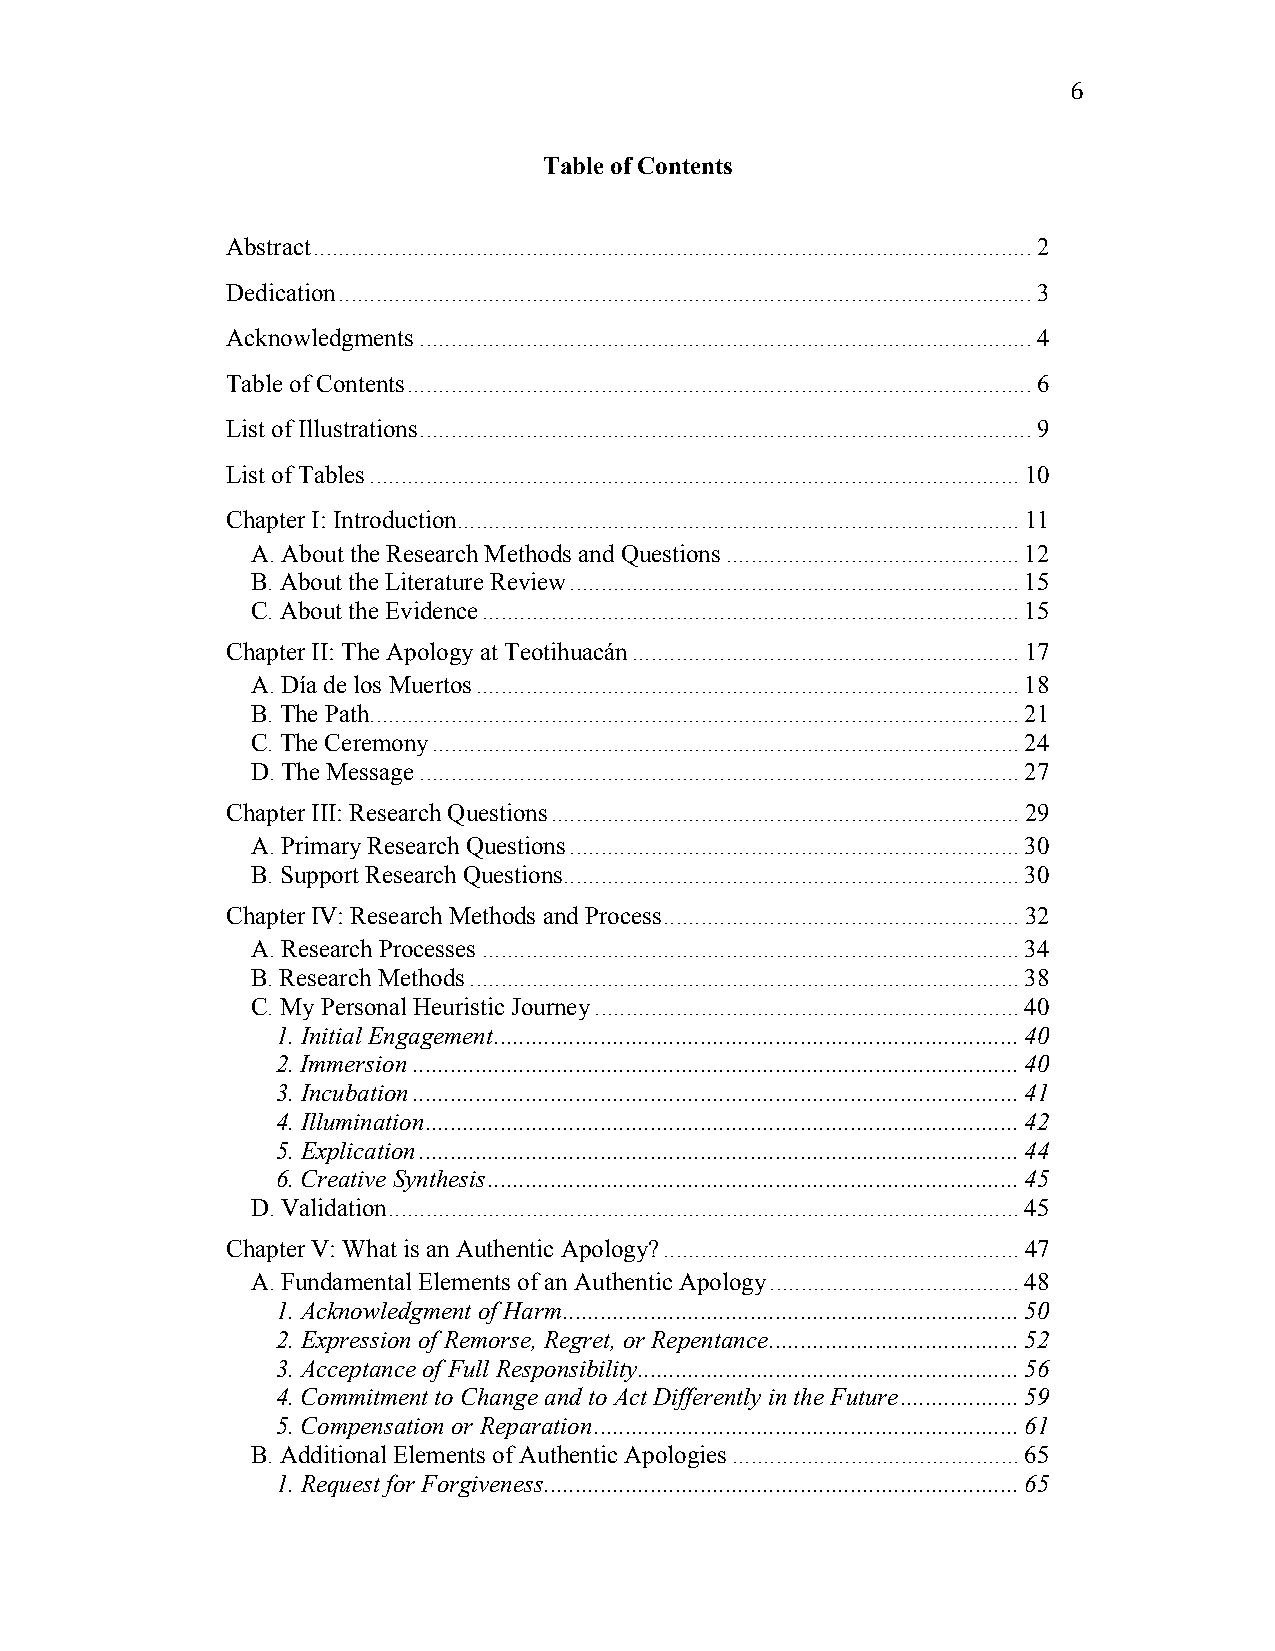
6
 Table of Contents
 Abstract ................................................................................................................... 2
 Dedication ............................................................................................................... 3
 Acknowledgments .................................................................................................. 4
 Table of Contents .................................................................................................... 6
 List of Illustrations .................................................................................................. 9
 List of Tables ........................................................................................................ 10
 Chapter I: Introduction .......................................................................................... 11
 A. About the Research Methods and Questions ............................................... 12
 B. About the Literature Review ........................................................................ 15
 C. About the Evidence ...................................................................................... 15
 Chapter II: The Apology at Teotihuacán .............................................................. 17
 A. Día de los Muertos ....................................................................................... 18
 B. The Path ........................................................................................................ 21
 C. The Ceremony .............................................................................................. 24
 D. The Message ................................................................................................ 27
 Chapter III: Research Questions ........................................................................... 29
 A. Primary Research Questions ........................................................................ 30
 B. Support Research Questions ......................................................................... 30
 Chapter IV: Research Methods and Process ......................................................... 32
 A. Research Processes ...................................................................................... 34
 B. Research Methods ........................................................................................ 38
 C. My Personal Heuristic Journey .................................................................... 40
 1. Initial Engagement .................................................................................... 40
 2. Immersion ................................................................................................. 40
 3. Incubation ................................................................................................. 41
 4. Illumination ............................................................................................... 42
 5. Explication ................................................................................................ 44
 6. Creative Synthesis ..................................................................................... 45
 D. Validation ..................................................................................................... 45
 Chapter V: What is an Authentic Apology? ......................................................... 47
 A. Fundamental Elements of an Authentic Apology ........................................ 48
 1. Acknowledgment of Harm ......................................................................... 50
 2. Expression of Remorse, Regret, or Repentance ........................................ 52
 3. Acceptance of Full Responsibility ............................................................. 56
 4. Commitment to Change and to Act Differently in the Future ................... 59
 5. Compensation or Reparation .................................................................... 61
 B. Additional Elements of Authentic Apologies .............................................. 65
 1. Request for Forgiveness ............................................................................ 65